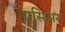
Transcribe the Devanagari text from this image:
नासिअर